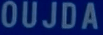
OUJDA